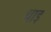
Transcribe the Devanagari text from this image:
थाइ